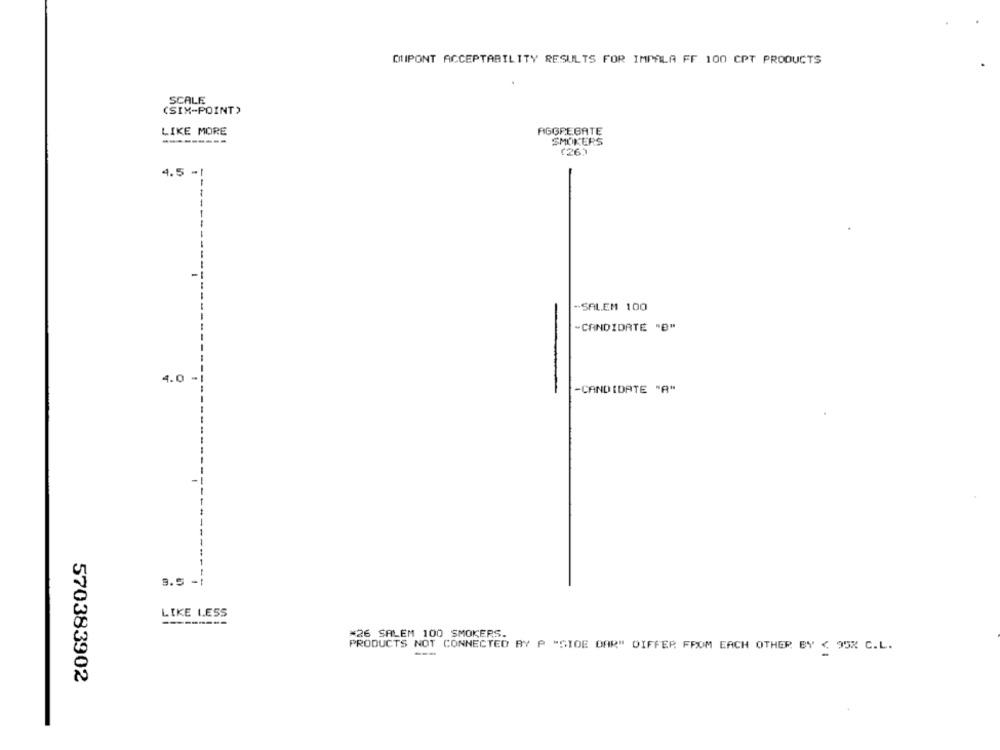
DUPONT ACCEPTABILITY RESULTS FOR IMPALA FF 100 CPT PRODUCTS
SCALE
(SIX-POINT)
LIKE MORE
AGGREGATE
---------
SMOKERS
(26)
4.5 -
-SALEM 100
-CANDIDATE "B"
4.0
-CANDIDATE "A"
9.5 -!
LIKE LESS
*26 SALEM 100 SMOKERS.
PRODUCTS NOT CONNECTED BY P "SIDE BAR" DIFFER FROM EACH OTHER BY < 95% C.L.
570383902